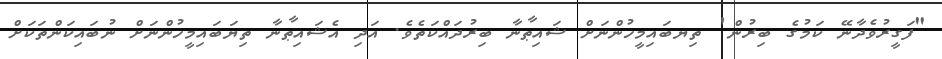
"ފަގީރުވެދާނޭ ކަމުގެ ބިރުން' ތިޔބައިމީހުންނަށް ޝައިޠާނާ ބިރުދައްކަތެވެ. އަދި އެޝައިޠާނާ ތިޔަބައިމީހުންނަށް ނުބައިކަންތަކަށް